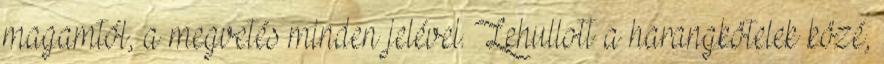
magamtól, a megvetés minden jelével. Lehullott a harangkötelek közé,